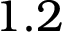
1 . 2